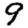
Digit: 9